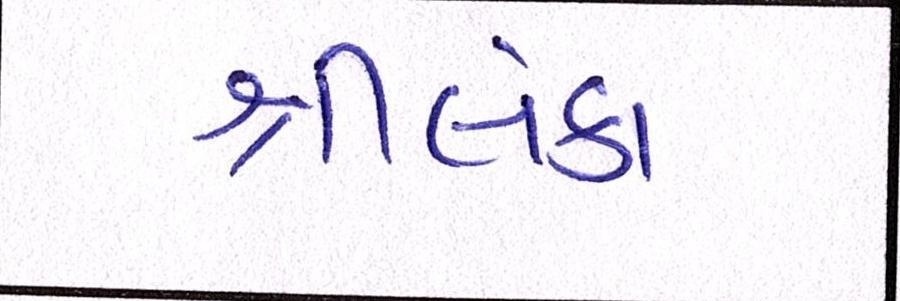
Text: શ્રીલંકા